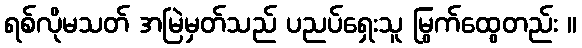
ရစ်လိုမသတ် အမြဲမှတ်သည် ပညပ်ရှေးသူ မြွက်ထွေတည်း ။